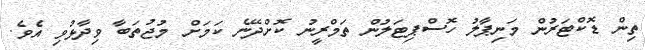
ތިން ޑޮކްޓަރުން މަނިޕާލު ހޮސްޕިޓަލުން ތަމްރީނު ކޮށްދޭނެ ކަމަށް މުޖުތަބާ ވިދާޅުވި އެވެ.